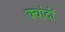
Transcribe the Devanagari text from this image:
क्वांदों